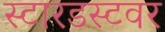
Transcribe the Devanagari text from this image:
स्टारडस्टवर